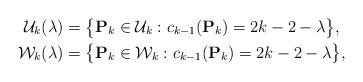
LaTeX: \begin{align*}\mathcal{U}_{k}(\lambda)&= \big\{ \mathbf{P}_k \in \mathcal{U}_k : c_{k-1}(\mathbf P_k) = 2k-2-\lambda \big\}, \\\mathcal{W}_{k}(\lambda)&= \big\{ \mathbf{P}_k \in \mathcal{W}_k : c_{k-1}(\mathbf P_k) = 2k-2-\lambda \big\} ,\end{align*}